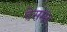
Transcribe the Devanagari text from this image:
बेसमंट